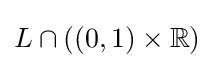
L\cap ((0,1)\times \mathbb {R} )